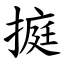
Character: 㨩